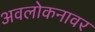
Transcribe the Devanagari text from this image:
अवलोकनावर